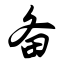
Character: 备